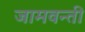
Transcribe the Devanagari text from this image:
जामवन्ती